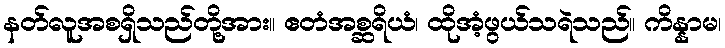
နတ်လူအစရှိသည်တို့အား။ ဧတံအစ္ဆရိယံ၊ ထိုအံ့ဖွယ်သရဲသည်။ ကိန္နာမ၊